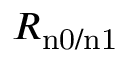
R _ { \mathrm { n 0 / n 1 } }